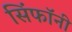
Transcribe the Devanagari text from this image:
सिंफॉनी